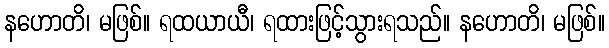
နဟောတိ၊ မဖြစ်။ ရထယာယီ၊ ရထားဖြင့်သွားရသည်။ နဟောတိ၊ မဖြစ်။